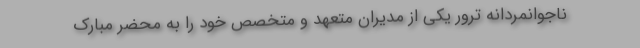
ناجوانمردانه ترور یکی از مدیران متعهد و متخصص خود را به محضر مبارک